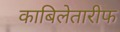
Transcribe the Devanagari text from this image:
काबिलेतारीफ